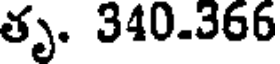
తృ. 340.366